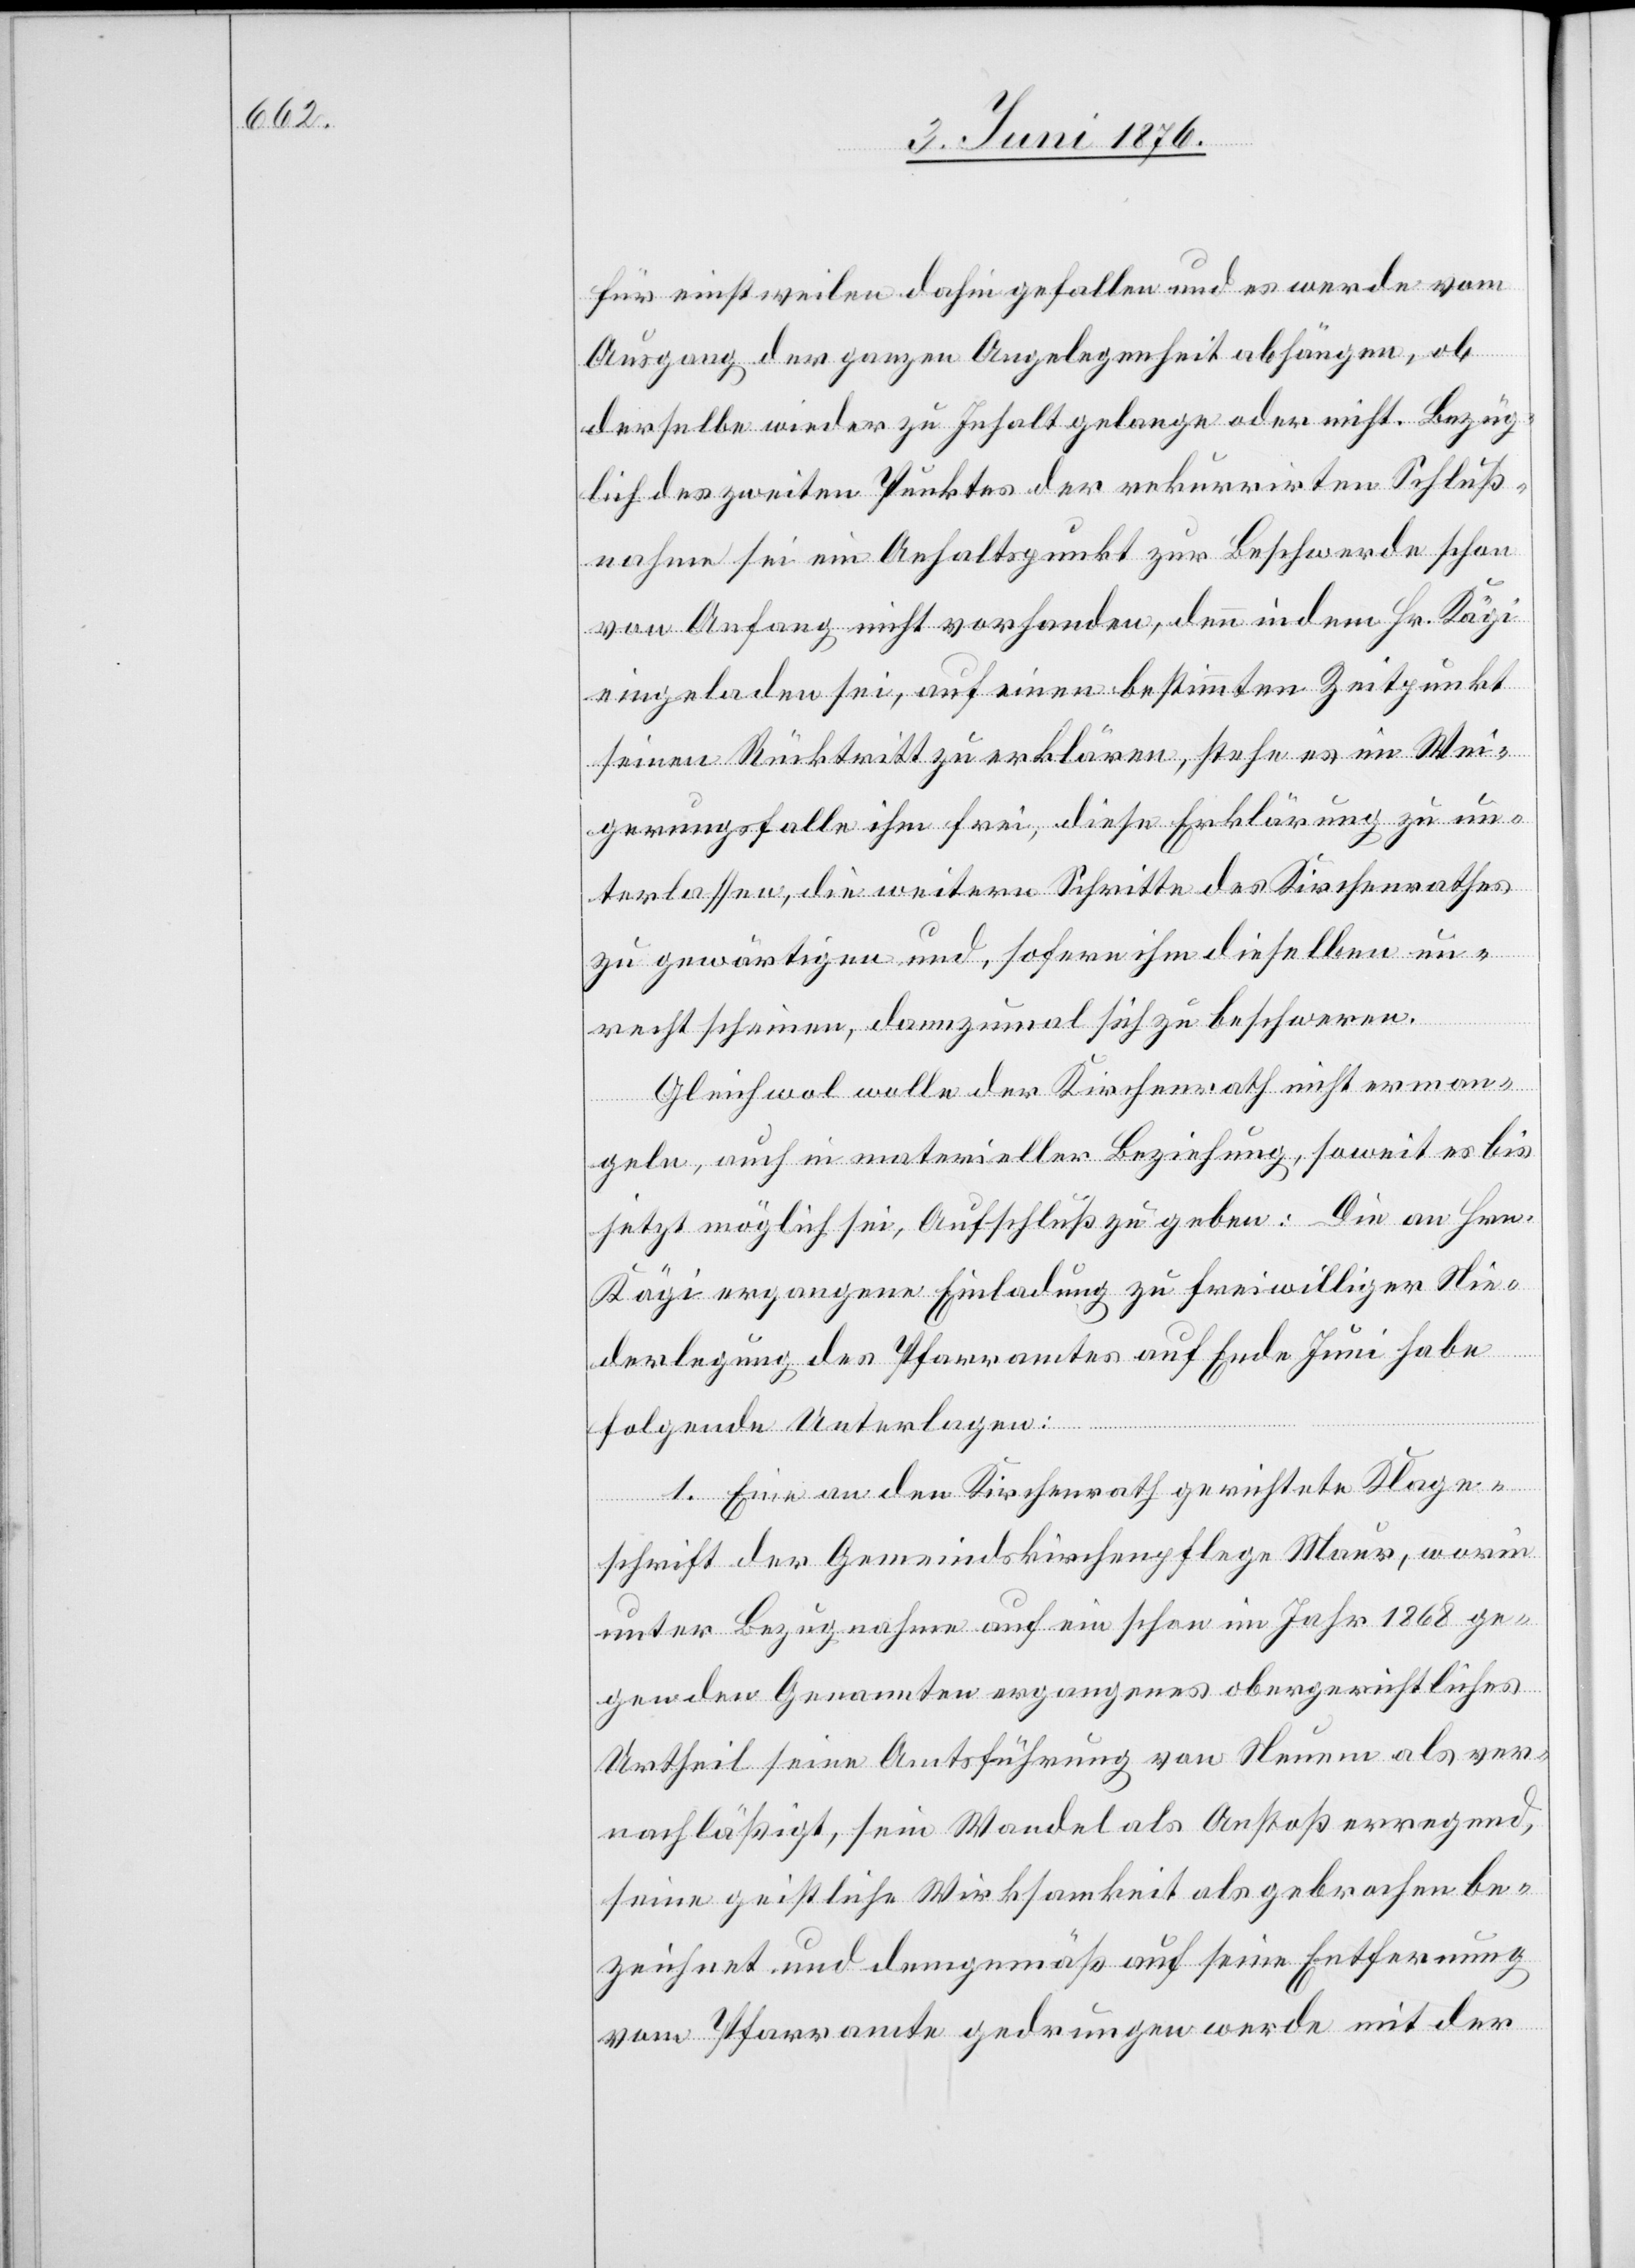
für einstweilen dahin gefallen und es werde vom
Ausgang der ganzen Angelegenheit abhängen, ob
derselbe wieder zu Inhalt gelange oder nicht. Bezüg¬
lich des zweiten Punktes der rekurrirten Schluß¬
nahme sei ein Anhaltspunkt zur Beschwerde schon
von Anfang nicht vorhanden, denn indem Hr. Kägi
eingeladen sei, auf einen bestimmten Zeitpunkt
seinen Rücktritt zu erklären, stehe es im Wei¬
gerungsfalle ihm frei, diese Erklärung zu un¬
terlassen, die weitern Schritte des Kirchenrathes
zu gewärtigen und, sofern ihm dieselben un¬
recht scheinen, dannzumal sich zu beschweren.
Gleichwol wolle der Kirchenrath nicht erman¬
geln, auch in materieller Beziehung, soweit es bis
jetzt möglich sei, Aufschluß zu geben: Die an Hrn.
Kägi ergangene Einladung zu freiwilliger Nie¬
derlegung des Pfarramtes auf Ende Juni habe
folgende Unterlagen:
1. Eine an den Kirchenrath gerichtete Klage¬
schrift der Gemeindskirchenpflege Maur, worin
unter Bezugnahme auf ein schon im Jahr 1868 ge¬
gen den Genannten ergangenes obergerichtliches
Urtheil seine Amtsführung von Neuem als ver¬
nachläßigt, sein Wandel als Anstoß erregend,
seine geistliche Wirksamkeit als gebrochen be¬
zeichnet und demgemäß auf seine Entfernung
vom Pfarramte gedrungen werde mit der